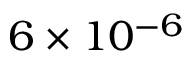
6 \times 1 0 ^ { - 6 }